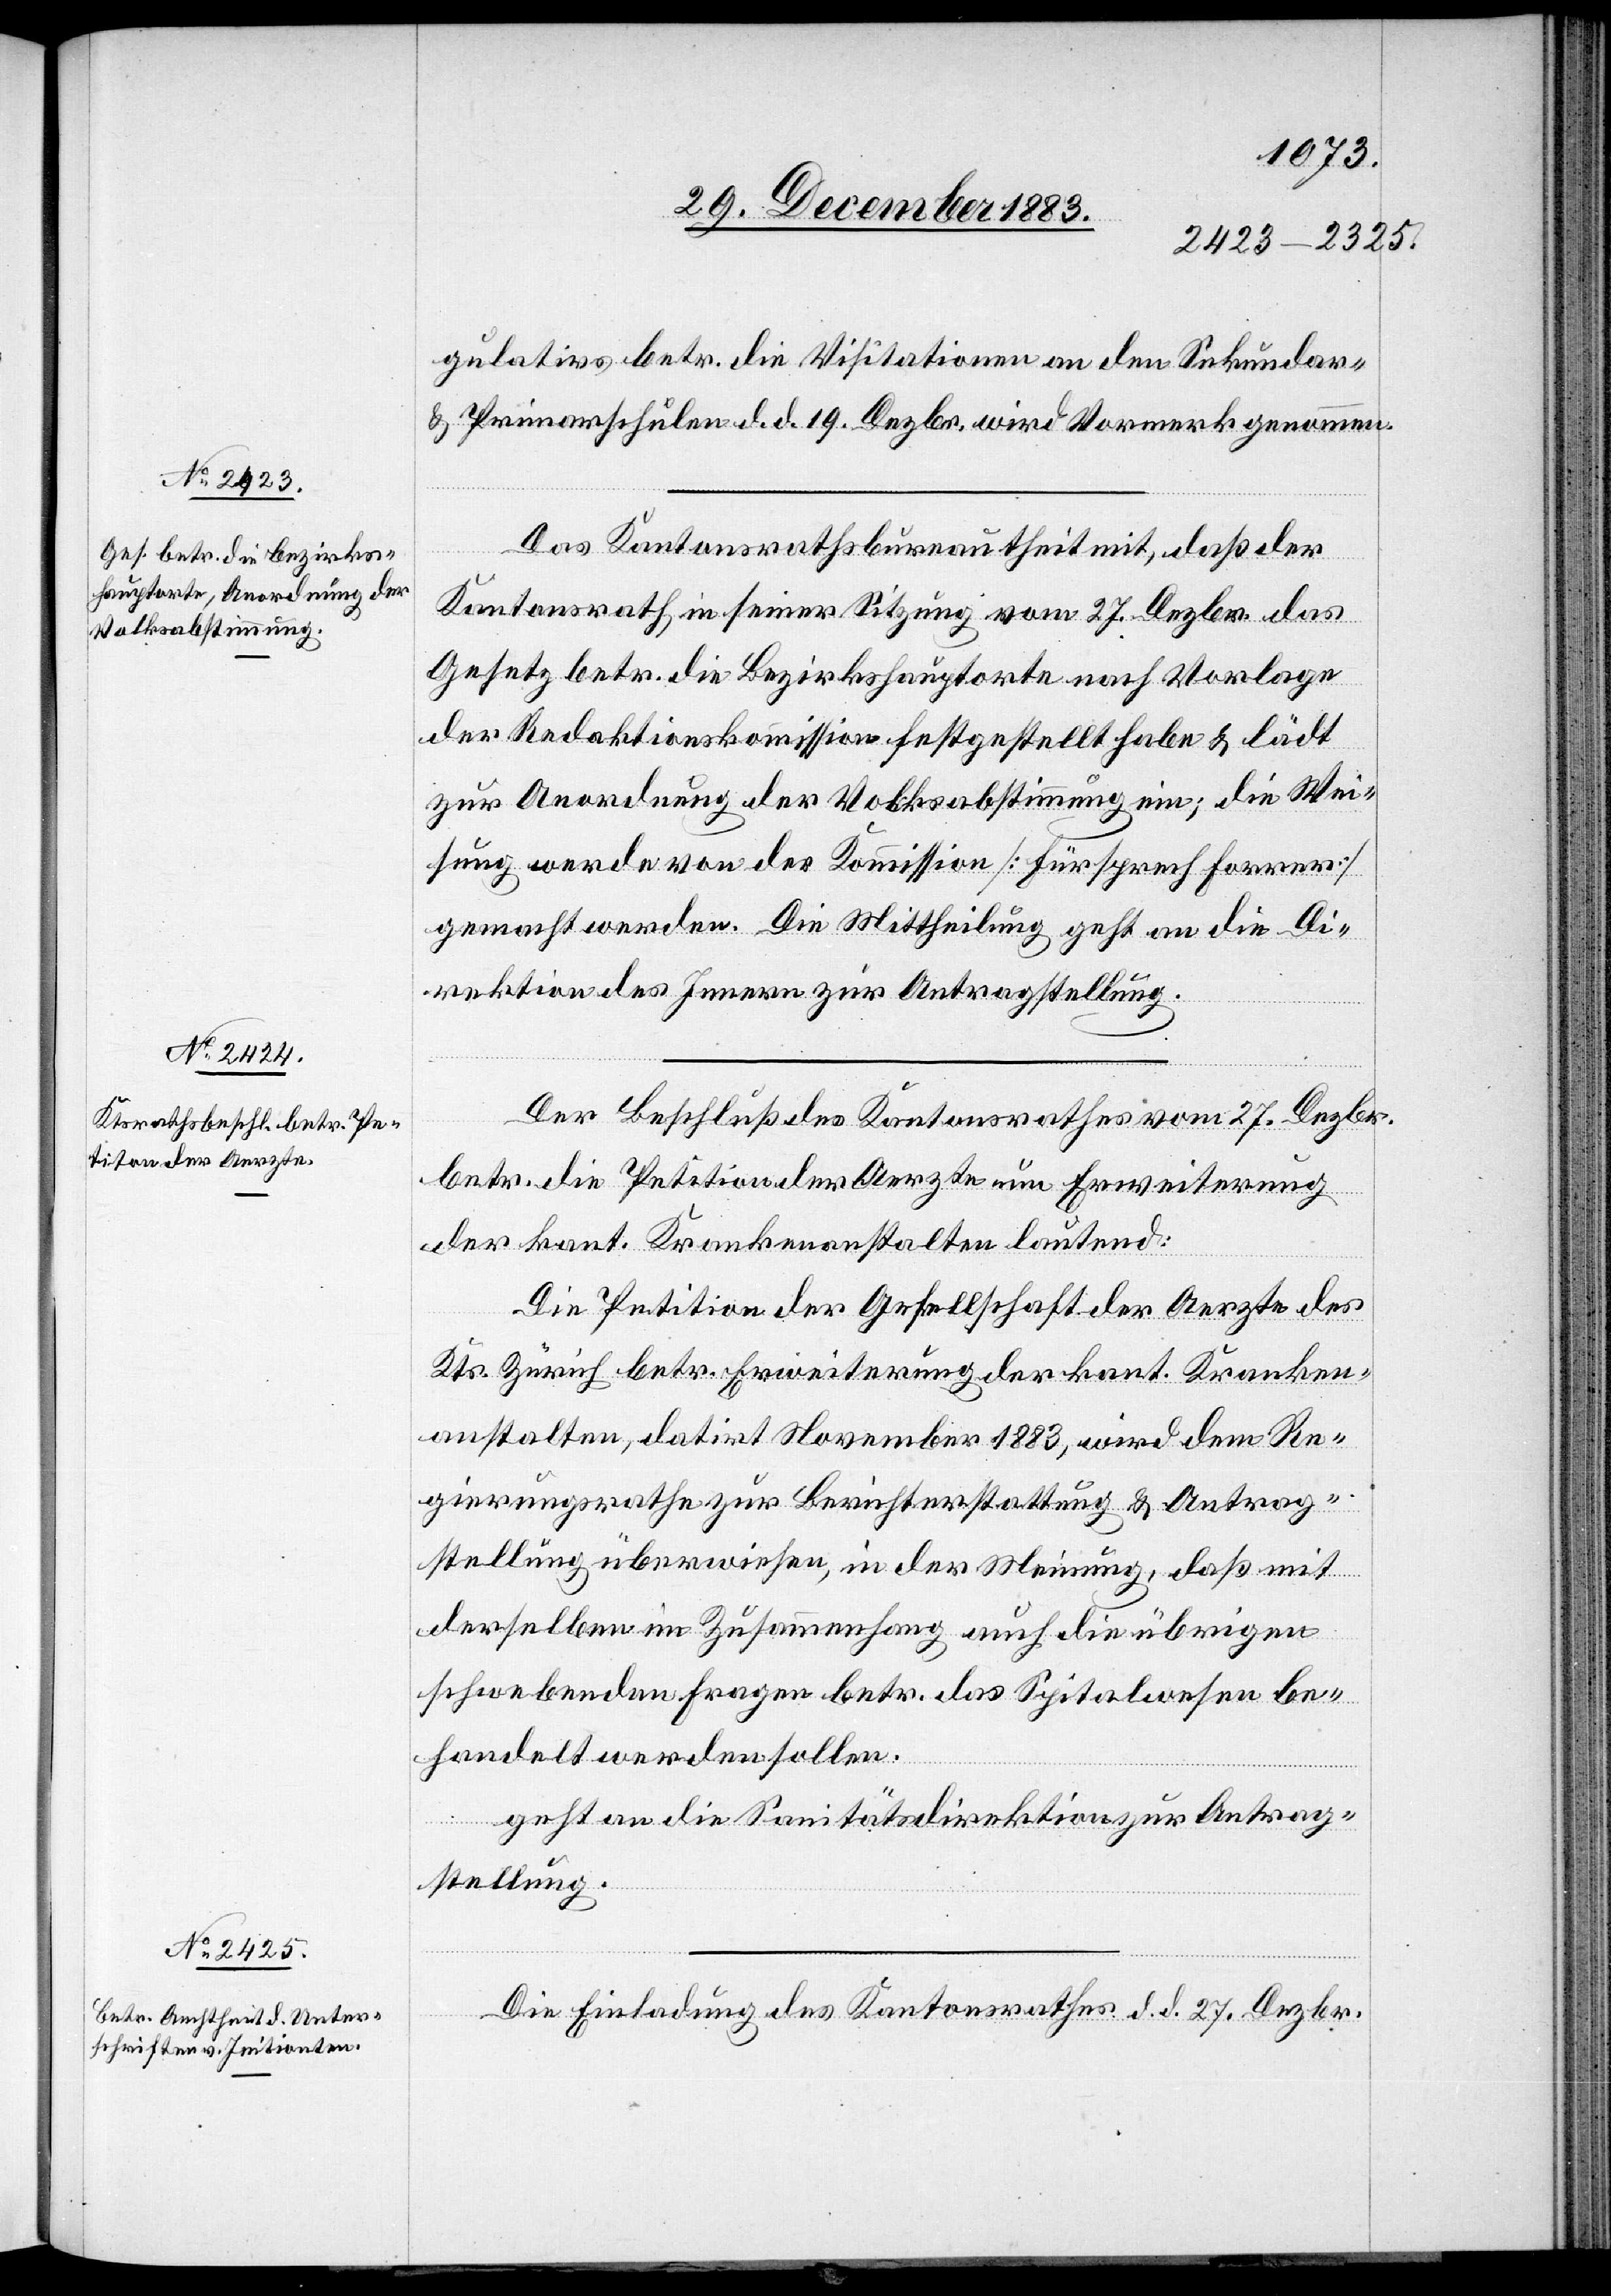
gulativs betr. die Visitationen an den Sekundar-
& Primarschulen d. d. 19. Dezbr. wird Vormerk genommen.
Das Kantonsrathsbureau theilt mit, daß der
Kantonsrath, in seiner Sitzung vom 27. Dezbr. das
Gesetz betr. die Bezirkshauptorte nach Vorlage
der Redaktionskommission festgestellt habe & lädt
zur Anordnung der Volksabstimmung ein; die Wei¬
sung werde von der Kommission [Fürsprech Forrer]
gemacht werden. Die Mittheilung geht an die Di¬
rektion des Innern zur Antragstellung.
Der Beschluß des Kantonsrathes vom 27. Dezbr.
betr. die Petition der Aerzte um Erweiterung
der kant. Krankenanstalten lautend:
Die Petition der Gesellschaft der Aerzte des
Kts. Zürich betr. Erweiterung der kant. Kranken¬
anstalten, datirt November 1883, wird dem Re¬
gierungsrathe zur Berichterstattung & Antrag¬
stellung überwiesen, in der Meinung, daß mit
derselben im Zusammenhang auch die übrigen
schwebenden Fragen betr. das Spitalwesen be¬
handelt werden sollen.
geht an die Sanitätsdirektion zur Antrag¬
stellung.
Die Einladung des Kantonsrathes d. d. 27. Dezbr.